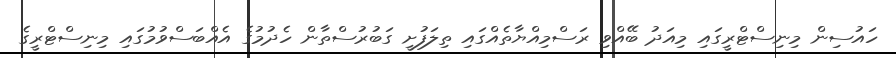
ހައުސިން މިނިސްޓްރީގައި މިއަދު ބޭއްވި ރަސްމިއްޔާތެއްގައި ތިލަފުށީ ގަބުރުސްތާން ހެދުމުގެ އެއްބަސްވުމުގައި މިނިސްޓްރީގެ